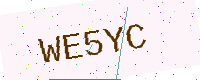
Text: WE5YC